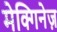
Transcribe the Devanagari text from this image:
मेक्गिनेज़